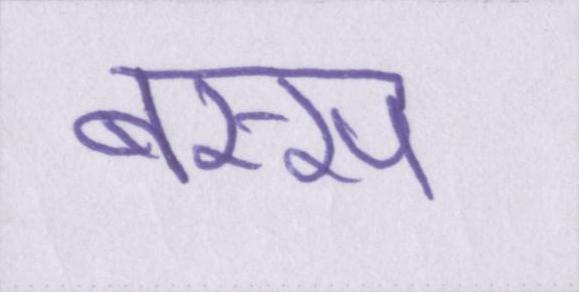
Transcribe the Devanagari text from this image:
बस्स